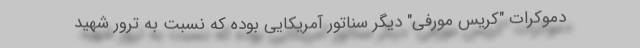
دموکرات "کریس مورفی" دیگر سناتور آمریکایی بوده که نسبت به ترور شهید